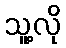
သူ့လို